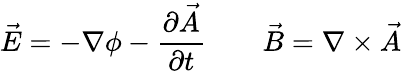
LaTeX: {\vec{E}}=-\nabla\phi-{\frac{\partial{\vec{A}}}{\partial t}}\qquad{\vec{B}}=\nabla\times{\vec{A}}